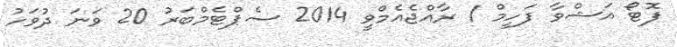
ފޮޓޯ އަޝްވާ ފަހީމް / ރާއްޖެއެމްވީ 2014 ސެޕްޓެމްބަރު 20 ވަނަ ދުވަހު